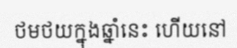
ថមថយក្នុងឆ្នាំនេះ ហើយនៅ